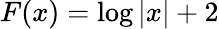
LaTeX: F(x)=\log|x|+2